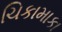
ચિકામાકા